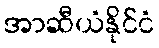
အာဆီယံနိုင်ငံ